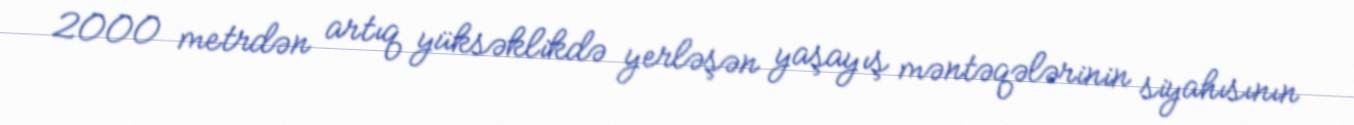
2000 metrdən artıq yüksəklikdə yerləşən yaşayış məntəqələrinin siyahısının